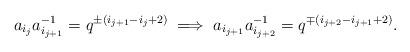
LaTeX: \begin{align*}a_{i_j}a_{i_{j+1}}^{-1}= q^{\pm(i_{j+1}-i_j+2)}\implies a_{i_{j+1}}a_{i_{j+2}}^{-1}= q^{\mp(i_{j+2}-i_{j+1}+2)}.\end{align*}